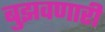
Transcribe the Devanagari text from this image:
बुझवणारी